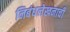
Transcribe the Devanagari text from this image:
निबंधलेखनाची